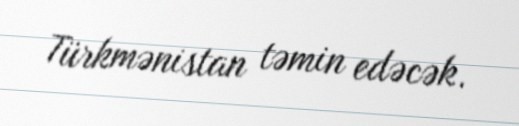
Türkmənistan təmin edəcək.